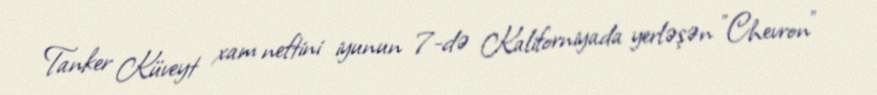
Tanker Küveyt xam neftini iyunun 7-də Kaliforniyada yerləşən "Chevron"